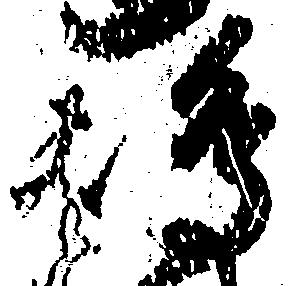
嶋